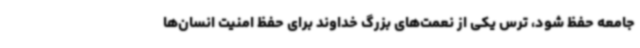
جامعه حفظ شود، ترس یکی از نعمت‌های بزرگ خداوند برای حفظ امنیت انسان‌ها